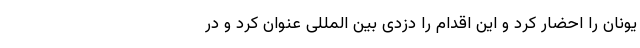
یونان را احضار کرد و این اقدام را دزدی بین المللی عنوان کرد‌ و در